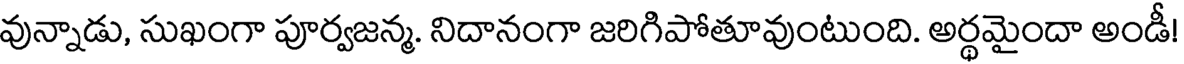
వున్నాడు, సుఖంగా పూర్వజన్మ. నిదానంగా జరిగిపోతూవుంటుంది. అర్థమైందా అండీ